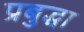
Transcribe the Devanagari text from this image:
प्रबुद्धा